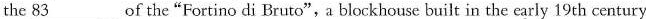
the \underline{83} of the “Fortino di Bruto",a blockhouse built in the early 19 th century